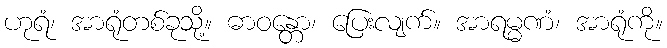
ဟုရံ၊ အာရုံတစ်ခုသို့။ ဓာဝန္တော၊ ပြေးလျက်။ အာရမ္မဏံ၊ အာရုံကို။